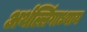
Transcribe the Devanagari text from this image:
अर्थल्लिंगाध्याय